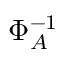
\Phi _ { A } ^ { - 1 }